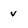
Character: v